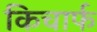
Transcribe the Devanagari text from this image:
किचार्फ